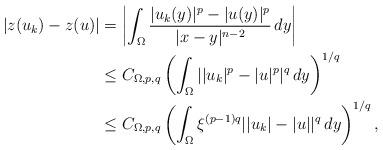
LaTeX: \begin{align*}|z(u_k)-z(u)|&=\left|\int_{\Omega}\frac{|u_k(y)|^p-|u(y)|^p}{|x-y|^{n-2}}\,dy\right|\\&\leq C_{\Omega,p,q}\left(\int_{\Omega}||u_k|^p-|u|^p|^q\,dy\right)^{1/q}\\&\leq C_{\Omega,p,q}\left(\int_{\Omega}\xi^{(p-1)q}||u_k|-|u||^q\,dy\right)^{1/q},\end{align*}